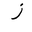
Letter: _zay